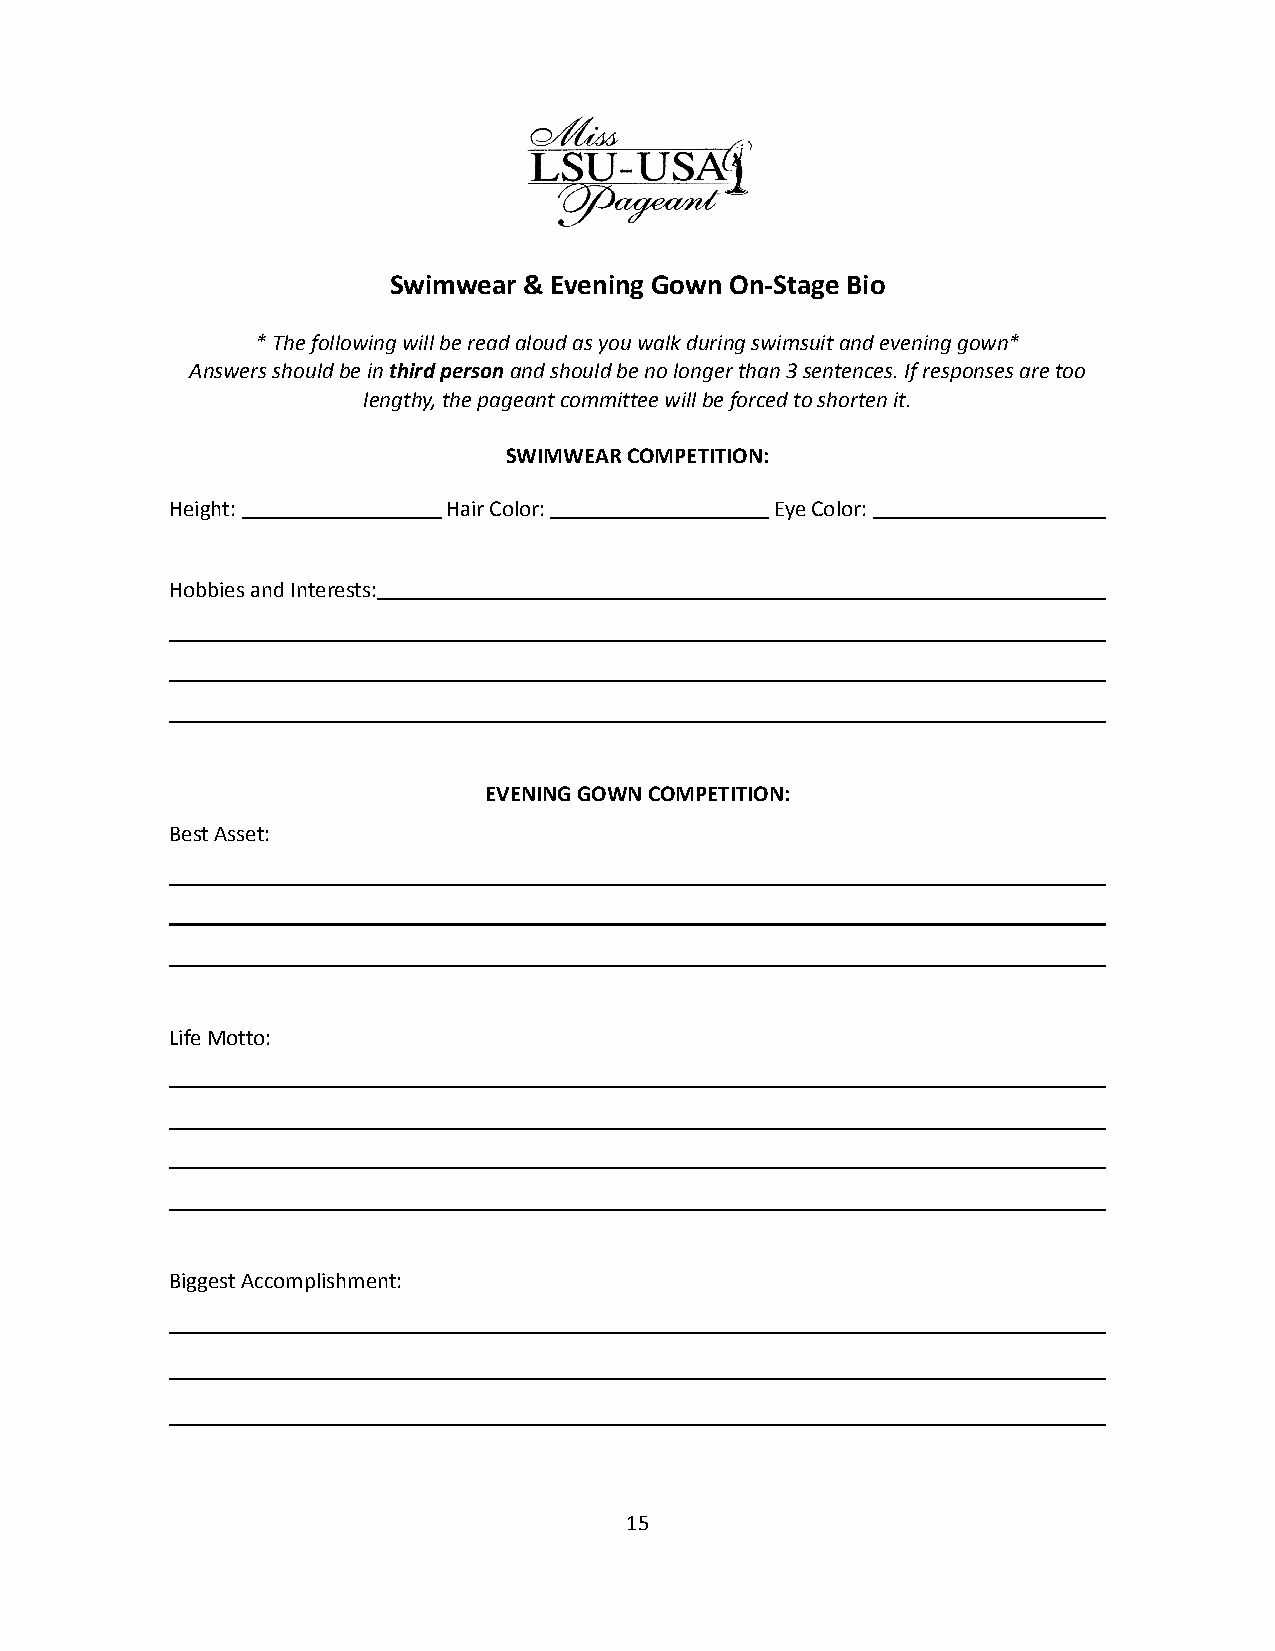
Swimwear & Evening Gown On-Stage Bio
 * The following will be read aloud as you walk during swimsuit and evening gown*
 Answers should be inthird personand should be nolonger than 3 sentences. If responses are too
 lengthy, the pageant committee will be forced to shorten it.
 SWIMWEAR COMPETITION:
 Height:            Hair Color:          Eye Color:
 Hobbies and Interests:
 EVENING GOWN COMPETITION:
 Best Asset:
 Life Motto:
 Biggest Accomplishment:
 15